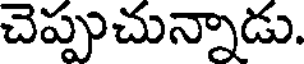
చెప్పుచున్నాడు.